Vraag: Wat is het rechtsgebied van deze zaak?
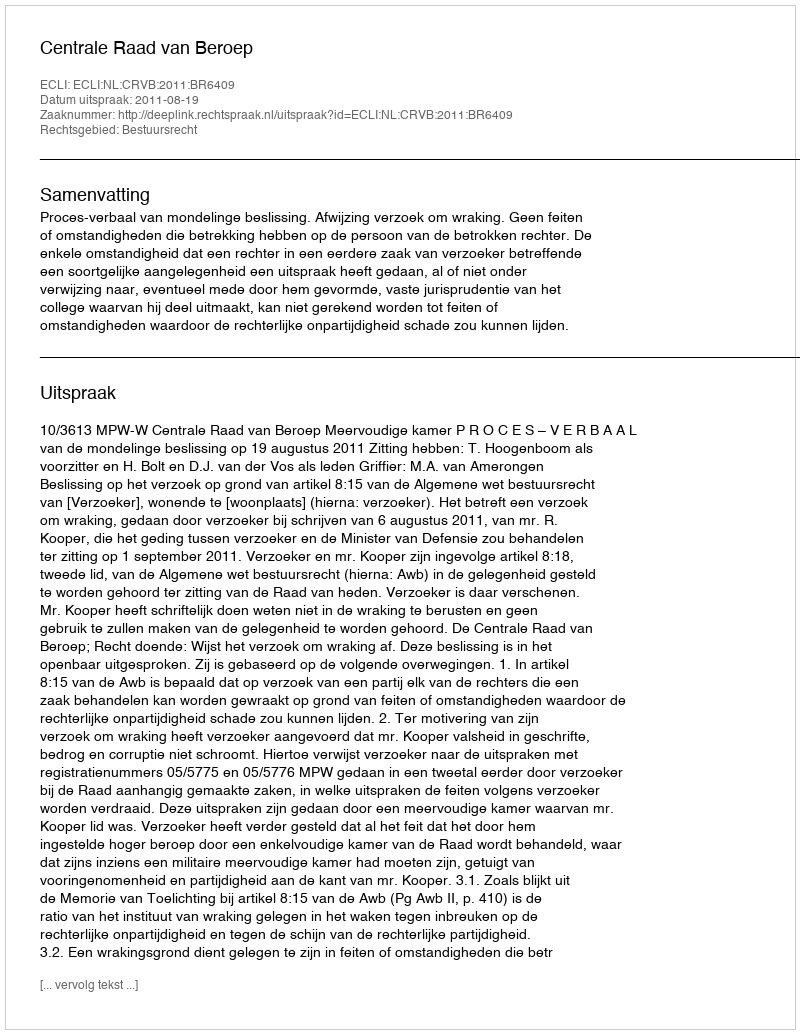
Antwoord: Bestuursrecht